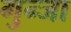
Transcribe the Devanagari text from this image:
गुन्जा